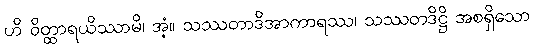
ဟိ ဝိတ္ထာရယိဿာမိ၊ အံ့။ သဿတာဒိအာကာရဿ၊ သဿတဒိဋ္ဌိ အစရှိသော